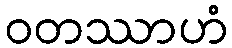
ဝတဿာဟံ